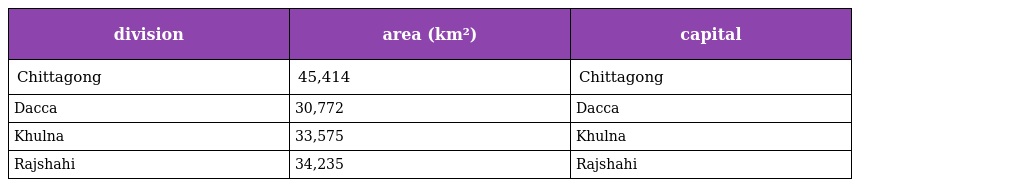
| division | area (km²) | capital |
 | --- | --- | --- |
 | Chittagong | 45,414 | Chittagong |
 | Dacca | 30,772 | Dacca |
 | Khulna | 33,575 | Khulna |
 | Rajshahi | 34,235 | Rajshahi |